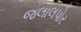
જલાલપોર